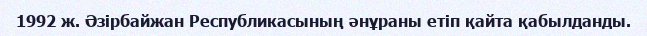
1992 ж. Әзірбайжан Республикасының әнұраны етіп қайта қабылданды.